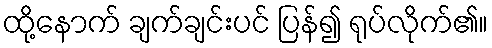
ထို့နောက် ချက်ချင်းပင် ပြန်၍ ရုပ်လိုက်၏။